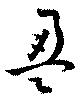
盈